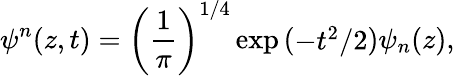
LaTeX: \psi^{n}(z,t)=\left({\frac{1}{\pi}}\right)^{1/4}\exp\left(\begin{array}{l}{{-t^{2}/2}}\end{array}\right)\psi_{n}(z),